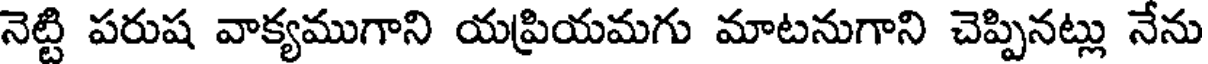
నెట్టి పరుష వాక్యముగాని యప్రియమగు మాటనుగాని చెప్పినట్లు నేను